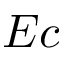
E c